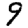
Digit: 9